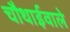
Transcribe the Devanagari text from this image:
चौथाईवाले